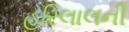
હરિલાલની